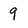
Character: 9